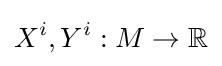
X^{i},Y^{i}:M\to \mathbb {R}